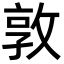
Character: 敦